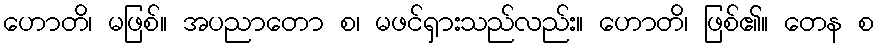
ဟောတိ၊ မဖြစ်။ အပညာတော စ၊ မဖင်ရှားသည်လည်း။ ဟောတိ၊ ဖြစ်၏။ တေန စ